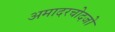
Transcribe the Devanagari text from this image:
अमादरचोदजो